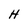
Character: H